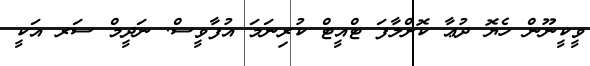
ވީކީނޫން ހެޔޮ ދުޢާ ކޮށްލާފަ ޓްއީޓް ކުރިނަމަ އުފާވީސް. ނަދީމް ސަރ އަކީ